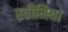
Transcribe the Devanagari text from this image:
स्चीमिया